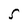
Character: S